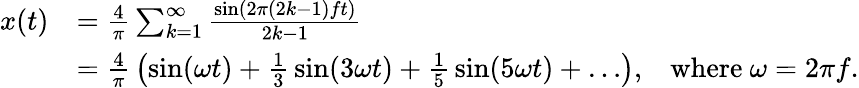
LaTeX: {\begin{array}{rlr}{x(t)}&{={\frac{4}{\pi}}\sum_{k=1}^{\infty}{\frac{\sin\left(2\pi(2k-1)ft\right)}{2k-1}}}\\ &{={\frac{4}{\pi}}\left(\sin(\omega t)+{\frac{1}{3}}\sin(3\omega t)+{\frac{1}{5}}\sin(5\omega t)+\ldots\right),}&{{\mathrm{where~}}\omega=2\pi f.}\end{array}}